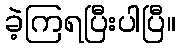
ခဲ့ကြရပြီးပါပြီ။